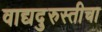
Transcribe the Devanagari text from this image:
वाद्यदुरुस्तीचा